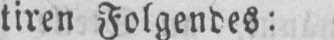
tiren Folgendes: